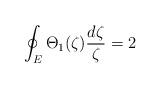
LaTeX: \begin{align*}\oint_{E}\Theta_{1}(\zeta) \frac{d\zeta}{\zeta} = 2\end{align*}